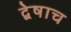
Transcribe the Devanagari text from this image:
द्वेषाच